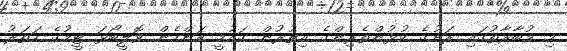
މި މުބާރާތުގައި ރަށުގެ ކުޅުންތެރިންގެ އިތުރުން ގައުމީ އަންހެން ވޮލީބޯޅަ ޓީމުގެ ހަތަރު